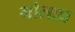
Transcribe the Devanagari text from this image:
गोलाध्र